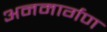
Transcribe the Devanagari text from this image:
अनमार्गण